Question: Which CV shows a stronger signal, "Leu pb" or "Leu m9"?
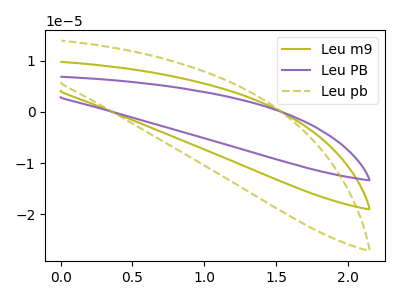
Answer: <think>The olive curve "Leu m9" has no peaks. The purple curve "Leu PB" has no peaks. The olive dashed curve "Leu pb" has no peaks.
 Neither "Leu pb" or "Leu m9" have any peaks.</think>
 <answer>I cant tell if "Leu pb" or "Leu m9" has more signal.</answer>
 <eval>mixed_signal</eval>